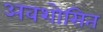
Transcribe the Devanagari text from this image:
अवशोसित